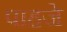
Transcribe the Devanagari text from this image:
पाहजे